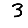
Digit: 3